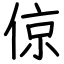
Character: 倞